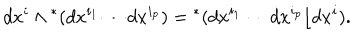
d x ^ { i } \wedge { } ^ { * } ( d x ^ { i _ { 1 } } \cdots d x ^ { i _ { p } } ) = { } ^ { * } ( d x ^ { i _ { 1 } } \cdots d x ^ { i _ { p } } \lfloor d x ^ { i } ) .